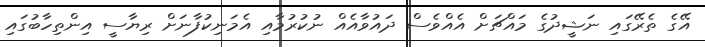
އޭގެ ތެރޭގައި ނަޝީދުގެ މައްޗަށް އެއްވެސް ދައުވާއެއް ނުކުރުމާއި އެމަނިކުފާނަށް ރިޔާސީ އިންތިހާބުގައި